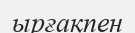
ырғақпен